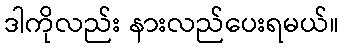
ဒါကိုလည်း နားလည်ပေးရမယ်။